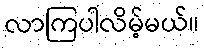
လာကြပါလိမ့်မယ်။